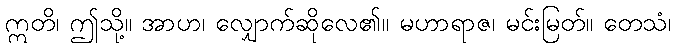
ဣတိ၊ ဤသို့။ အာဟ၊ လျှောက်ဆိုလေ၏။ မဟာရာဇ၊ မင်းမြတ်။ တေသံ၊